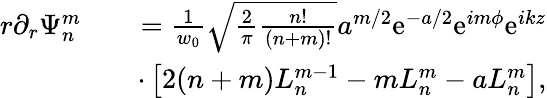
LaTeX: \begin{array}{rlr}{r\partial_{r}\Psi_{n}^{m}}&{}&{=\frac{1}{w_{0}}\sqrt{\frac{2}{\pi}\frac{n!}{(n+m)!}}a^{m/2}\mathrm{e}^{-a/2}\mathrm{e}^{im\phi}\mathrm{e}^{ikz}}\\ &{}&{\cdot\left[2(n+m)L_{n}^{m-1}-mL_{n}^{m}-aL_{n}^{m}\right],}\end{array}